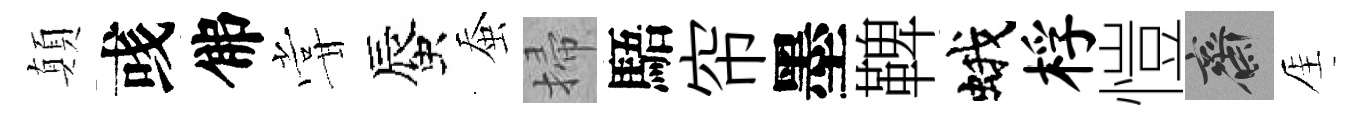
顛彧佛甞蜃蚕掃䮏帘墨鞞蛾桴愷齋厓